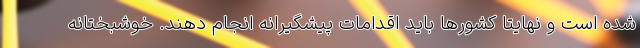
شده است و نهایتا کشورها باید اقدامات پیشگیرانه انجام دهند. خوشبختانه